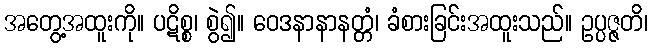
အတွေ့အထူးကို။ ပဋိစ္စ၊ စွဲ၍။ ဝေဒနာနာနတ္တံ၊ ခံစားခြင်းအထူးသည်။ ဥပ္ပဇ္ဇတိ၊